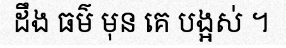
ដឹង ធម៌ មុន គេ បង្អស់ ។